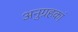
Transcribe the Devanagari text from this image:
अनुग्रहकां